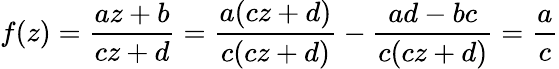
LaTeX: f(z)={\frac{az+b}{cz+d}}={\frac{a(cz+d)}{c(cz+d)}}-{\frac{ad-bc}{c(cz+d)}}={\frac{a}{c}}